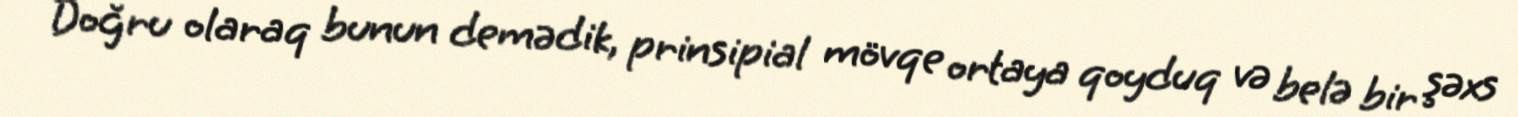
Doğru olaraq bunun demədik, prinsipial mövqe ortaya qoyduq və belə bir şəxs